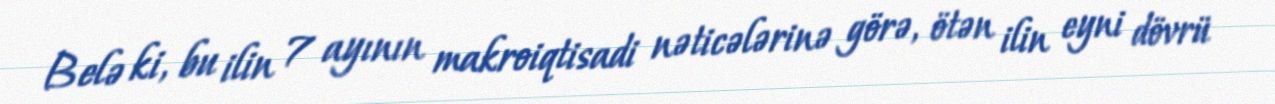
Belə ki, bu ilin 7 ayının makroiqtisadi nəticələrinə görə, ötən ilin eyni dövrü